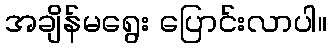
အချိန်မရွေး ပြောင်းလာပါ။